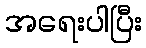
အရေးပါပြီး